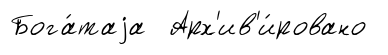
Бога́таjа Арх'ив'и́ровано